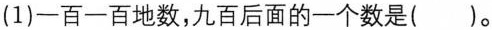
(1)一百一百地数，九百后面的一个数是()。